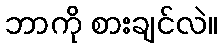
ဘာကို စားချင်လဲ။